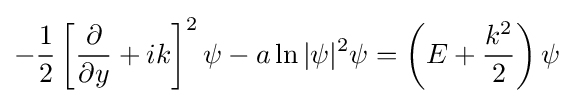
-{\frac {1}{2}}\left[{{\frac {\partial }{\partial y}}+ik}\right]^{2}\psi -a\ln |\psi |^{2}\psi =\left(E+{\frac {k^{2}}{2}}\right)\psi